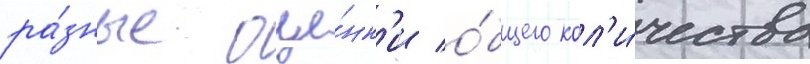
ра́зные оце́нк'и о́бщего кол'и́чества